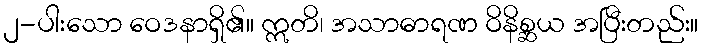
၂-ပါးသော ဝေဒနာရှိ၏။ ဣတိ၊ အသာဓာရဏ ဝိနိစ္ဆယ အပြီးတည်း။